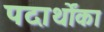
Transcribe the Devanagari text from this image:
पदार्थोंका